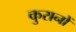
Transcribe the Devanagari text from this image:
कुरानों